Vital statistics of India. Vol. IV, Annual returns from 1871 to 1876. British Army of India, Native Army and jails of Bengal
Year: 1871
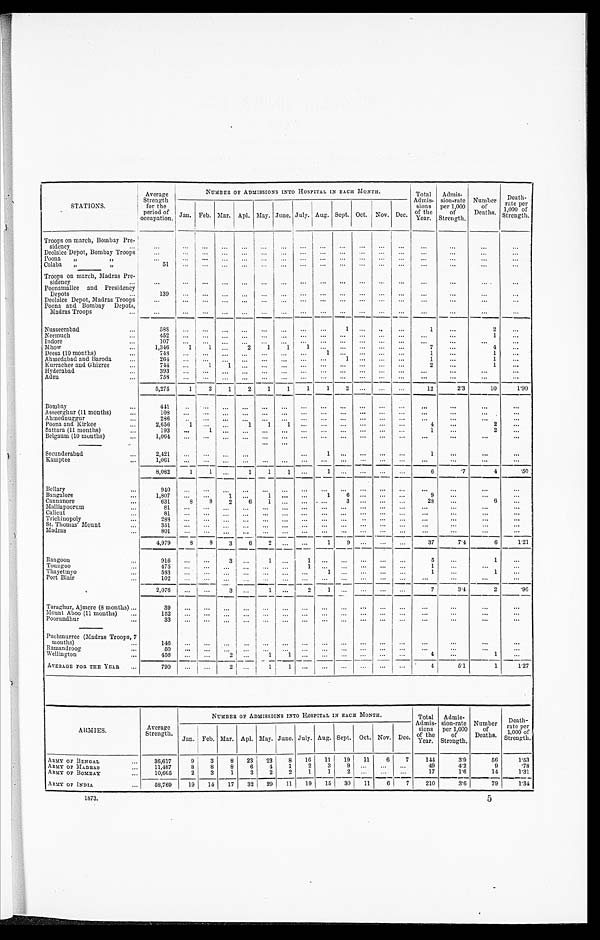
STATIONS.
Average
Strength
for the
period of
occupation.
NUMBER OF ADMISSIONS INTO HOSPITAL IN EACH MONTH.
Total
Admis-
sions
of the
Year.
Admi
s-
sion-rate
per 1,000
of
Strength.
Number
of
Deaths.
Death-
rate per
1,000 of
Strength.
Jan. Feb. Mar. Apl. May. June. July. Aug. Sept. Oct. Nov. Dec.
Troops on march, Bombay Pre -
sidency . . .
. . .
. . .
. . .
. . .
. . .
. . .
. . .
. . .
. . .
. . .
. . .
. . .
. . .
. . .
. . .
. . .
. . .
Deolalee Depot, Bombay Troops
. . .
. . .
. . .
. . .
. . .
. . .
. . . . . .
. . .
. . .
. . .
. . .
. . .
. . .
. . .
. . .
. . .
Poona " "
. . .
. . .
. . .
. . .
. . .
. . .
. . .
. . .
. . .
. . .
. . .
. . .
. . .
. . .
. . .
. . .
. . .
Colaba""
51
. . .
. . .
. . .
. . .
. . .
. . .
. . .
. . .
. . .
. . .
. . .
. . .
. . .
. . .
. . . . . .
Troops on march, Madras Pre -
sidency . . .
. . .
. . .
. . .
. . .
. . .
. . .
. . .
. . .
. . .
. . .
. . .
. . .
. . .
. . .
. . .
. . .
. . .
Poonamallee and Presidency
Depots . . .
139
. . .
. . .
. . .
. . .
. . .
. . .
. . .
. . .
. . .
. . .
. . .
. . .
. . .
. . .
. . .
. . .
Deolalee Depot, Madras Troops
. . .
. . .
. . .
. . .
. . .
. . .
. . .
. . .
. . .
. . .
. . .
. . .
. . .
. . .
. . .
. . .
. . .
Poona and Bombay Depots,
Madras Troops . . .
. . .
. . .
. . .
. . .. . .
. . .
. . .
. . .
. . .
. . .
. . .
. . .
. . .
. . .
. . .
. . .
. . .
Nusseerabad . . .
588
. . .
. . .
. . .
. . .
. . .
. . .
. . .
. . .
1
. . .. . .
. . .
1
. . .
2
. . .
Neemuch . . .
452
. . .
. . .
. . . . . .
. . .
. . .
. . .
. . .
. . .
. . .
. . .
. . .
. . .
. . .
1
. . .
Indore . . .
107
. . .
. . .
. . .
. . .
. . .
. . .
. . .
. . .
. . .
. . .
. . .
. . .
. . .
. . .
. . .
. . .
M h o w . . .
1,346
1
1
. . .
2
1
1
1
. . .
. . .
. . . . . .
. . .
7
. . .
4
. . .
Deesa (10 months) . . .
7 4 8
. . .
. . .
. . . . . .
. . .
. . .
. . .
1
. . .
. . .
. . .
. . .
1
. . .
1
. . .
Ahmedabad and Baroda . . .
264
. . .
. . .
. . .
. . .
. . .
. . .
. . .
. . .
1
. . .
. . .
. . .
1
. . .
1
. . .
Kurrachee and Ghizree . . .
744
. . .
1
1
. . .
. . .
. . .
. . .
. . .
. . .
. . . . . .
. . .
2
. . .
1
. . .
Hyderabad . . .
3 9 3
. . .
. . .
. . .
. . .
. . .
. . .
. . .
. . .
. . .
. . . . . .
. . .
. . .
. . .
. . .
. . .
Aden . . .
7 5 8
. . .
. . .
. . .
. . .
. . .
. . .
. . .
. . .
. . .
. . .
. . .
. . .
. . .
. . .
. . .
. . .
5,275
1
2
1
2
1
1
1
1
2
. . .
. . .
. . .
12
2.3
10
1.90
Bombay . . .
441
. . .
. . .
. . .
. . .
. . .
. . .
. . .
. . .
. . .
. . .
. . .
. . .
. . .
. . .
. . .
. . .
Asseerghur (11 months) . . .
108
. . .
. . .
. . .
. . .
. . .
. . .
. . .
. . .
. . .
. . .
. . .
. . .
. . .
. . .
. . .
. . .
Ahmednuggur . . .
286
. . .
. . .
. . .
. . .
. . .
. . .
. . .
. . .
. . .
. . .
. . .
. . .
. . .
. . .
. . .
. . .
Poona and Kirkee . . .
2,656
1
. . .
. . .
1
1
1
. . .
. . .
. . .
. . .
. . .
. . .
4
. . .
2
. . .
Sattara (11 months) . . .
193
. . .
1
. . .
. . .
. . .
. . .
. . .
. . .
. . .
. . .
. . .
. . .
1
. . .
2 . . .
Belgaum (10 mouths) . . .
1,064
. . .
. . .
. . .
. . .
. . .
. . .
. . .
. . .
. . .
. . .
. . .
. . .
. . .
. . .
. . .
. . .
Secunderabad . . .
2,421
. . .
. . .
. . .
. . .
. . .
. . .
. . .
1
. . .
. . . . . .
. . .
1
. . .
. . .
. . .
Kamptee . . .
1,061
. . .
. . .
. . .
. . .
. . .
. . .
. . .
. . .
. . .
. . .
. . .
. . .
. . .
. . .
. . .
. . .
8,082
1
1
. . .
1
1
1
. . .
1
. . .
. . .
. . .
. . .
6
. 7
4
. 5 0
Bellary . . .
940
. . .
. . .
. . .
. . .
. . .
. . .
. . .
. . .
. . .
. . .
. . .
. . .
. . .
. . .
. . .
. . .
Bangalore . . .
1 , 8 0 7
. . . . . .
1
. . .
1
. . .
. . .
1
6
. . . . . .
. . .
9
. . .
. . .
. . .
Cannanore . . .
631
8
8
2
6
1
. . .
. . .
. . .
3
. . . . . .
. . .
28
. . .
6
. . .
Malliapoorum . . .
8 1
. . .
. . .
. . .
. . .
. . .
. . .
. . .
. . .
. . .
. . . . . .
. . .
. . .
. . .
. . .
. . .
Calicut . . .
8 1
. . .
. . .
. . .
. . .
. . .
. . .
. . .
. . .
. . .
. . . . . .
. . .
. . .
. . .
. . .
. . .
Trichinopoly . . .
288
. . .
. . .
. . .
. . .
. . .
. . .
. . .
. . .
. . .
. . . . . .
. . .
. . .
. . .
. . .
. . .
St. Thomas' Mount . . .
351
. . .
. . .
. . .
. . .
. . .
. . .
. . .
. . .
. . .
. . . . . .
. . .
. . .
. . .
. . .
. . .
Madras . . .
801
. . .
. . .
. . .
. . .
. . .
. . .
. . .
. . .
. . .
. . .. . .
. . .
. . .
. . .
. . .
. . .
4,979
8
8
3
6
2
. . .
. . .
1
9
. . .. . .
. . .
37
7.4
6
1.21
R a n g o o n . . .
916
. . .
. . .
3
. . .
1
. . .
1
. . .
. . .
. . .
. . .
. . .
5
. . .
1
. . .
Toungoo . . .
4 7 5
. . .
. . .
. . . . . .
. . .
. . .
1
. . .
. . .
. . .
. . .
. . .
1
. . .
. . .. . .
Thayetmyo . . .
583
. . .
. . .
. . .
. . .
. . .
. . .
. . .
1 . . .
. . .
. . .
. . .
1
. . .
1
. . .
Port Blair . . .
1 0 2
. . .
. . .
. . .. . .
. . .
. . .
. . .
. . .
. . .
. . .
. . .
. . .
. . .
. . .
. . .
. . .
2,076
. . .
. . .
3
. . .
1
. . .
2
1
. . .
. . .
. . .
. . .
7
3.4
2
.96
Taraghur, Ajmere (8 months) . . .
39
. . .
. . .
. . .
. . .. . .
. . .
. . .
. . .
. . .
. . .
. . .
. . .
. . .
. . .
. . .
. . .
Mount Aboo (11 months) . . .
152
. . .
. . .
. . .
. . . . . .
. . .
. . .
. . .
. . .
. . .
. . .
. . .
. . .
. . .
. . .
. . .
Poorundhur . . .
3 3
. . .
. . .
. . .
. . .
. . .
. . .
. . .
. . .
. . .
. . .
. . .
. . .
. . .
. . .
. . .
. . .
Puchmurree (Madras Troops, 7 months) . . .
1 4 6
. . .
. . .
. . .
. . .
. . .
. . .
. . .
. . .
. . .
. . .
. . .
. . .
. . .
. . .
. . .
. . .
Ramandroog . . .
5 0
. . .
. . .
. . .
. . .
. . .
. . .
. . .
. . .
. . .
. . .
. . .
. . .
. . .
. . .
. . .
. . .
Wellington . . .
456
. . .
. . .
2
. . . 1
1
. . .
. . .
. . .
. . .
. . .
. . .
4
. . .
1
. . .
AVERAGE FOR THE YEAR . . .
790
. . .
. . . 2
. . .
1
1
. . .
. . .
. . .
. . .
. . .
. . .
4
5.1
1
1.27
ARMIES.
Average
Strength.
NUMBER OF ADMISSIONS INTO HOSPITAL IN EACH MONTH.
Total
Admis-
sions o f t h e
Year.
Admis
- s i o n - r a t e
per 1000
of
Strength.
Number
of
Deaths.
Death
rate per
1,000 of
Strength.
Jan. Feb. Mar. Apl. May. June. July. Aug. Sept. Oct. Nov. Dec.
ARMY OF BENGAL . . .
3 6 , 6 1 7
9
3
8
23
23
8
1 6
11
19
11
6
7
144
3.9
56
1.53
8
8
6
4
1
2
3
9
. . .
. . .
. . .
49
4.2
9
.78
ARMY OF MADRAS . . .
11,487
8
3
2
2
1
1
2
. . .
. . .
. . .
17
1.6
14
1.31
3
1
10,665
2
ARMY OF BOMBAY . . .
ARMY OF INDIA . . .
29
11
19
1 5
3 0
11
6
7
210
3.6
79
1.34
1 4
17
32
58,769
19
1873.
5